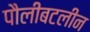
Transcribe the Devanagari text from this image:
पौलीबटलीन